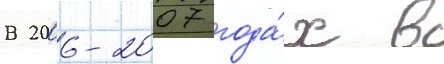
В 2006-2007 года́х в